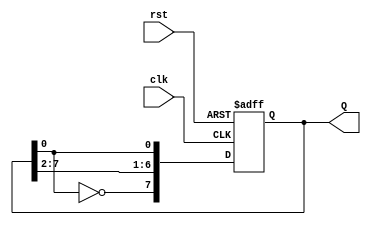
module johnson_counter (
    input wire clk,         // Clock input
    input wire rst,         // Asynchronous reset
    output reg [7:0] Q      // 8-bit counter output
);

// Sequential logic for Johnson counter
always @(posedge clk or posedge rst) begin
    if (rst) begin
        Q <= 8'b00000000;  // Reset the counter to 00000000
    end else begin
        // Johnson counter logic
        Q[7] <= ~Q[0];      // Feedback from the last flip-flop (inverted)
        Q[6:1] <= Q[7:2];   // Shift all bits to the right
    end
end

endmodule